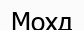
Мохд